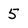
Character: 5